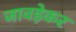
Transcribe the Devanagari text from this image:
जावड़ेकर